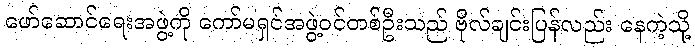
ဖော်ဆောင်ရေးအဖွဲ့ကို ကော်မရှင်အဖွဲ့ဝင်တစ်ဦးသည် ဗိုလ်ချင်းပြန်လည်း နေကဲ့သို့